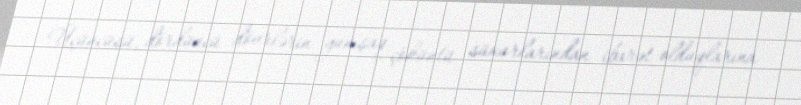
Üçüncüsü, dördüncü dövrlərin yumşaq çöküntü süxurlarından ibarət olduqlarına